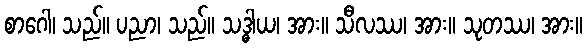
စာဂေါ၊ သည်။ ပညာ၊ သည်။ သဒ္ဓါယ၊ အား။ သီလဿ၊ အား။ သုတဿ၊ အား။